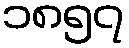
၁၈၅၇